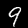
Digit: 9